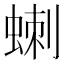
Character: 𮔗